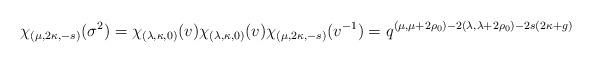
LaTeX: \begin{align*}\chi_{(\mu,2\kappa,-s)}(\sigma^2)=\chi_{(\lambda,\kappa,0)}(v)\chi_{(\lambda,\kappa,0)}(v)\chi_{(\mu,2\kappa,-s)}(v^{-1})=q^{(\mu,\mu+2\rho_0)-2(\lambda,\lambda+2\rho_0)-2s(2\kappa+g)}\end{align*}